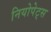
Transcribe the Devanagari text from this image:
नियोपेट्स